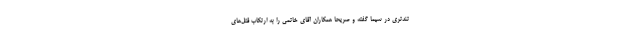
تندترى در سیما گفته و صریحا همكاران آقاى خاتمى را به ارتكاب قتل‌هاى